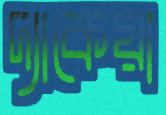
দ্যাকেয়া